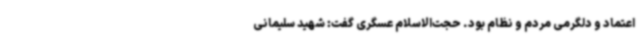
اعتماد و دلگرمی مردم و نظام بود. حجت‌الاسلام عسگری گفت: شهید سلیمانی